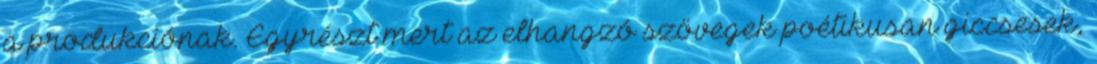
a produkciónak. Egyrészt mert az elhangzó szövegek poétikusan giccsesek,